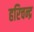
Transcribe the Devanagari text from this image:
हरिचन्द्र